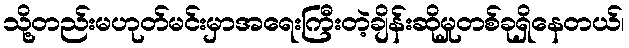
သို့တည်းမဟုတ်မင်းမှာအရေးကြီးတဲ့ချိန်းဆိုမှုတစ်ခုရှိနေတယ်၊